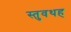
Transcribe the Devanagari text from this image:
स्तुवथह